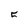
Character: 5